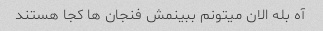
آه بله الان میتونم ببینمش فنجان ها کجا هستند